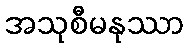
အသုစီမနုဿာ